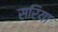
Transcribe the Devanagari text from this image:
सरिया